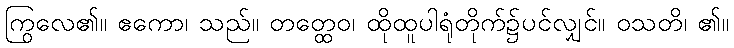
ကြွလေ၏။ ဧကော၊ သည်။ တတ္ထေဝ၊ ထိုထူပါရုံတိုက်၌ပင်လျှင်။ ဝသတိ၊ ၏။